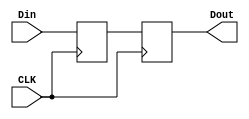
`timescale 1ns / 1ps

////////////////////////////////////////////////////////////////////////
//
//  This file is part of Descrypt Ztex Bruteforcer
//  Copyright (C) 2014 Alexey Osipov <giftsungiv3n at gmail dot com>
//
//  This program is free software: you can redistribute it and/or modify
//  it under the terms of the GNU General Public License as published by
//  the Free Software Foundation, either version 3 of the License, or
//  (at your option) any later version.
//
//  This program is distributed in the hope that it will be useful,
//  but WITHOUT ANY WARRANTY; without even the implied warranty of
//  MERCHANTABILITY or FITNESS FOR A PARTICULAR PURPOSE. See the
//  GNU General Public License for more details.
//
//  You should have received a copy of the GNU General Public License
//  along with this program. If not, see <http://www.gnu.org/licenses/>.
//
////////////////////////////////////////////////////////////////////////

module Delay(
    input [31:0] Din,
    output [31:0] Dout,
	 input CLK
);

reg [31:0]tmp_out [1:0];
reg CE;

always @(posedge CLK)
begin
	tmp_out[0] <= Din;
	tmp_out[1] <= tmp_out[0];
end

assign Dout = tmp_out[1];

endmodule

module Delay2(
    input [31:0] Din,
    output [31:0] Dout,
	 input CLK
);

reg [31:0]tmp_out ;

always @(posedge CLK)
begin
	tmp_out <= Din;
end

assign Dout = tmp_out;

endmodule

// ============================================================

module Delay3_salt(
    input [67:0] Din,
    output [67:0] Dout,
	 input CLK
);

reg [67:0]tmp_out [1:0];

always @(posedge CLK)
begin
	tmp_out[0] <= Din;
	tmp_out[1] <= tmp_out[0];
end

assign Dout = tmp_out[1];

endmodule